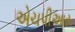
એચપીઆર